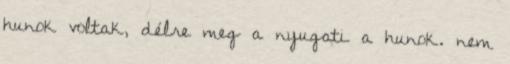
hunok voltak, délre meg a nyugati a hunok. nem